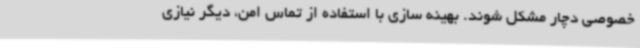
خصوصی دچار مشکل شوند. بهینه سازی با استفاده از تماس امن، دیگر نیازی